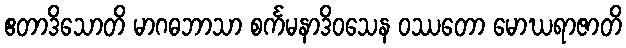
ဧတာဒိသောတိ မာဂဓဘာသာ စင်္ကမနာဒိဝသေန ဝဿတော မောဃရာဇာတိ